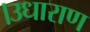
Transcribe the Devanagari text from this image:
।उधाराण